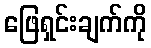
ဖြေရှင်းချက်ကို